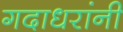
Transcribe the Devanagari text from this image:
गदाधरांनी